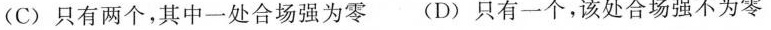
(C)只有两个，其中一处合场强为零(D)只有一个，该处合场强不为零